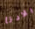
بلادنا